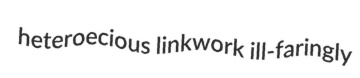
heteroecious linkwork ill-faringly